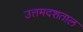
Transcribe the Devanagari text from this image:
उत्तमदशताल